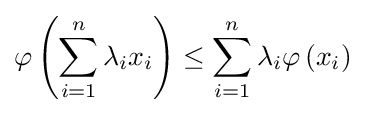
\varphi \left(\sum _{i=1}^{n}\lambda _{i}x_{i}\right)\leq \sum _{i=1}^{n}\lambda _{i}\varphi \left(x_{i}\right)